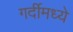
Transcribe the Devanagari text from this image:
गर्दीमध्ये